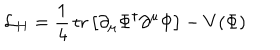
LaTeX: { \cal L } _ { H } = \frac { 1 } { 4 } \, \mathrm { t r } \left[ \partial _ { \mu } \Phi ^ { \dagger } \partial ^ { \mu } \Phi \right] - V ( \Phi )